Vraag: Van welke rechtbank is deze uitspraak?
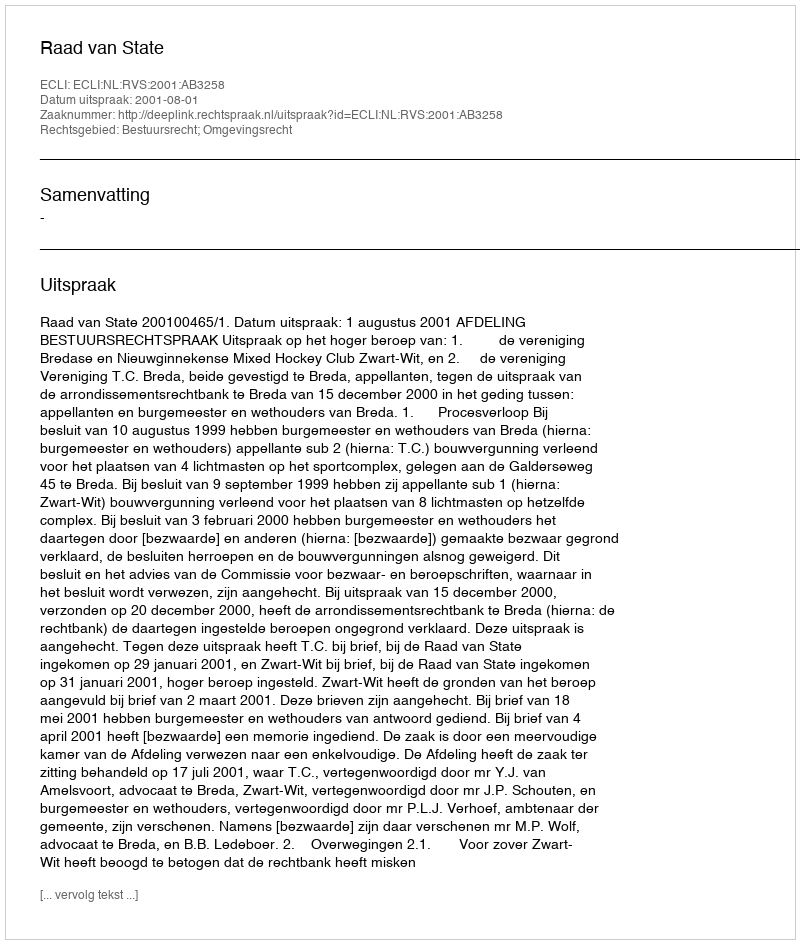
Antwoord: Raad van State